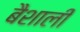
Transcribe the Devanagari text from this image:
बैशाली